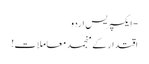
- ایکسپریس اردو
اقتدار کے منجمد معاملات!